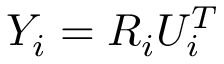
Y _ { i } = R _ { i } U _ { i } ^ { T }